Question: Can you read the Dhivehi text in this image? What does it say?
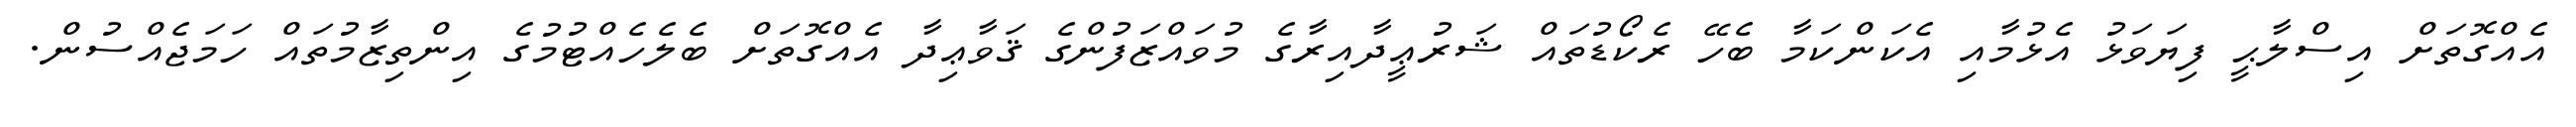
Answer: އެއްގޮތަށް އިސްލާޙީ ފިޔަވަޅު އެޅުމާއި އެކަންކަމާ ބެހޭ ރެކޯޑުތައް ޝަރުޢީދާއިރާގެ މުވައްޒަފުންގެ ޤަވާޢިދާ އެއްގޮތަށް ބެލެހެއްޓުމުގެ އިންތިޒާމުތައް ހަމަޖެއްސުން.